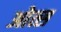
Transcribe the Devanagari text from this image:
ओत्स